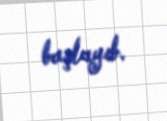
başlayıb.